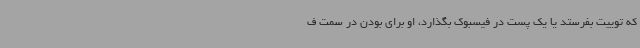
که توییت بفرستد یا یک پست در فیسبوک بگذارد، او برای بودن در سمت ف